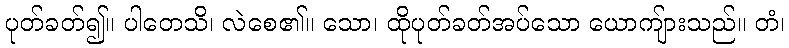
ပုတ်ခတ်၍။ ပါတေသိ၊ လဲစေ၏။ သော၊ ထိုပုတ်ခတ်အပ်သော ယောကျ်ားသည်။ တံ၊